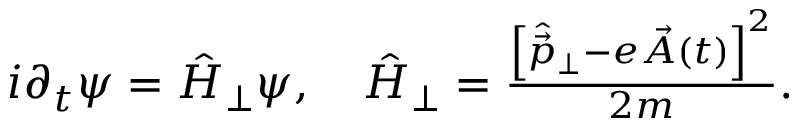
\begin{array} { r } { i \partial _ { t } \psi = \hat { H } _ { \perp } \psi , ~ ~ ~ \hat { H } _ { \perp } = \frac { \left[ \hat { \vec { p } } _ { \perp } - e \vec { A } ( t ) \right] ^ { 2 } } { 2 m } . } \end{array}